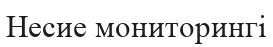
Несие мониторингі